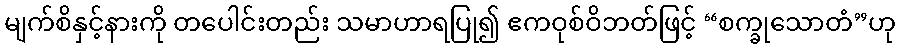
မျက်စိနှင့်နားကို တပေါင်းတည်း သမာဟာရပြု၍ ဧကဝုစ်ဝိဘတ်ဖြင့် “စက္ခုသောတံ”ဟု